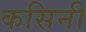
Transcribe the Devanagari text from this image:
कसिनी